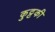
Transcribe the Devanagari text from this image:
कुट्टकी